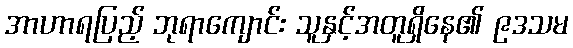
အာဟာရပြည့် ဘုရာကျောင်း သူနှင့်အတူရှိနေ၏ ၉ဒသမ